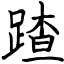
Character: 蹅